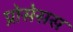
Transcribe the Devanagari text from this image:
प्रोसेसस